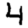
Digit: 4